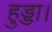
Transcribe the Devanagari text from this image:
हुड्डा।